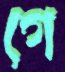
গে